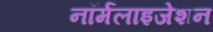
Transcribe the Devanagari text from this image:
नॉर्मलाइजेशन